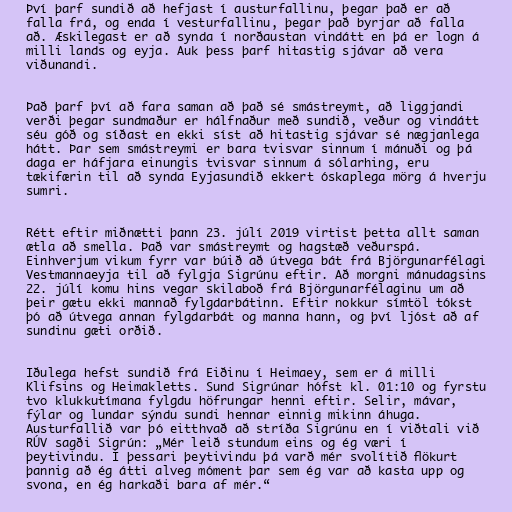
Því þarf sundið að hefjast í austurfallinu, þegar það er að
falla frá, og enda í vesturfallinu, þegar það byrjar að falla
að. Æskilegast er að synda í norðaustan vindátt en þá er logn á
milli lands og eyja. Auk þess þarf hitastig sjávar að vera
viðunandi.

Það þarf því að fara saman að það sé smástreymt, að liggjandi
verði þegar sundmaður er hálfnaður með sundið, veður og vindátt
séu góð og síðast en ekki síst að hitastig sjávar sé nægjanlega
hátt. Þar sem smástreymi er bara tvisvar sinnum í mánuði og þá
daga er háfjara einungis tvisvar sinnum á sólarhing, eru
tækifærin til að synda Eyjasundið ekkert óskaplega mörg á hverju
sumri.

Rétt eftir miðnætti þann 23. júlí 2019 virtist þetta allt saman
ætla að smella. Það var smástreymt og hagstæð veðurspá.
Einhverjum vikum fyrr var búið að útvega bát frá Björgunarfélagi
Vestmannaeyja til að fylgja Sigrúnu eftir. Að morgni mánudagsins
22. júlí komu hins vegar skilaboð frá Björgunarfélaginu um að
þeir gætu ekki mannað fylgdarbátinn. Eftir nokkur símtöl tókst
þó að útvega annan fylgdarbát og manna hann, og því ljóst að af
sundinu gæti orðið.

Iðulega hefst sundið frá Eiðinu í Heimaey, sem er á milli
Klifsins og Heimakletts. Sund Sigrúnar hófst kl. 01:10 og fyrstu
tvo klukkutímana fylgdu höfrungar henni eftir. Selir, mávar,
fýlar og lundar sýndu sundi hennar einnig mikinn áhuga.
Austurfallið var þó eitthvað að stríða Sigrúnu en í viðtali við
RÚV sagði Sigrún: „Mér leið stundum eins og ég væri í
þeytivindu. Í þessari þeytivindu þá varð mér svolítið flökurt
þannig að ég átti alveg móment þar sem ég var að kasta upp og
svona, en ég harkaði bara af mér.“